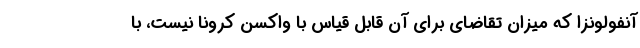
آنفولونزا که میزان تقاضای برای آن قابل قیاس با واکسن کرونا نیست، با